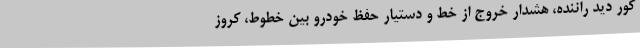
کور دید راننده، هشدار خروج از خط و دستیار حفظ خودرو بین خطوط، کروز